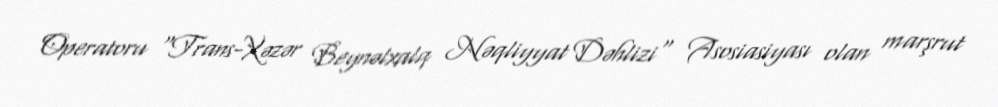
Operatoru "Trans-Xəzər Beynəlxalq Nəqliyyat Dəhlizi" Asosiasiyası olan marşrut